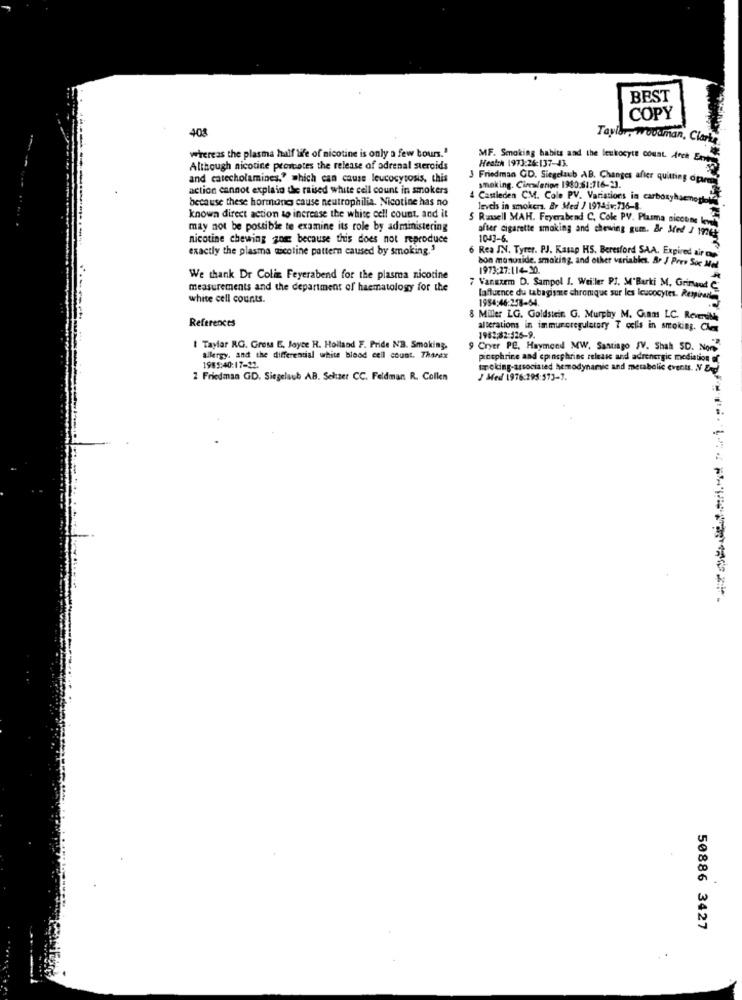
BEST
COPY
40%
Taylor, Wovaman, Clarke
whereas the plasma half life of nicotine is only a few bours."
Heath 1973:26:137-43.
MF. Smoking habits and the leukocyte count Auch Entay
Although nicotine provcotes the release of adrenal steroids
and catecholamines," which can cause leucocytosis, this
3 Friedman CD. Siegelsub AB. Changes after quitting oparmy
action cannot explain the raised white cell count in smokers
smoking. Cinewlerion 1980:51:716-23.
because these hormones cause neutrophilia. Nicotine has no
4 Castleden CM. Cole PV. Variations in carboxyhacnogh
levels in smokers. By Med / 1974iv:736-8
known direct action to increase the white cell count, and it
5 Russell MAH. Feyerabend C. Cole PV. Plasma nicoune lv
may not be possible te examine its role by administering
after cigarette smoking and chewing gum. Br Med / 1976
nicotine chewing zom because this does not reproduce
10-43-6.
exactly the plasma nicotine pattern caused by smoking.'
6 Rea IN. Tyrer. PJ. Kasap HS. Beresford SAA. Expired airco
bon monoxide. smoking, and other variables. Br J Pres Soc Me
1973:27:114-30.
We thank Dr Colin Feyerabend for the plasma nicotine
7 Vanuxem D. Sampol J. Weiller PI. M'Barki M. Grimaud C
measurements and the department of haematology for the
white cell counts.
1954:46:258-64.
Influence du tabagisme chronique sur les leucocytes. Reminn
References
8 Miller LG. Goldstein G. Murphy M. G.nms LC. Reversible
alterations in immunoregulatory T cells in smoking. Che
1982;82-126-9.
I Taylar RG. Gross E. Joyce H. Holland F. Pride NB. Smoking,
Cryer PE. Haymond MW, Santiago JV. Shah SD. Nons
allergy, and the differential white blood cell count. Thanex
pinephrine and epinephrine release and adrenergic mediation
1985:40:17-12.
smoking-associated hemodynamic and metabolic events. N End
2 Friedman GD. Siegelsub AB. Schizet CC. Feldman R. Collen
J Med 1976:295:573-7.
50886 3427